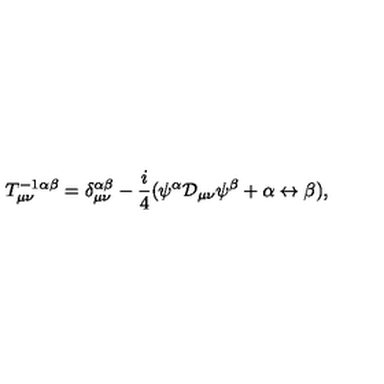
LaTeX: T _ { \mu \nu } ^ { - 1 } { } ^ { \alpha \beta } = \delta _ { \mu \nu } ^ { \alpha \beta } - \frac { i } { 4 } ( \psi ^ { \alpha } { \cal D } _ { \mu \nu } \psi ^ { \beta } + \alpha \leftrightarrow \beta ) ,